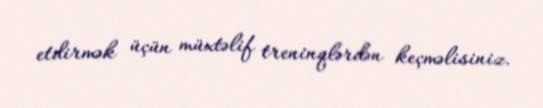
etdirmək üçün müxtəlif treninqlərdən keçməlisiniz.